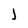
Character: l